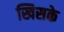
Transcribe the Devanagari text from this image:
खिसके